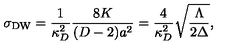
\sigma _ { \mathrm { D W } } = { \frac { 1 } { \kappa _ { D } ^ { 2 } } } { \frac { 8 K } { ( D - 2 ) a ^ { 2 } } } = { \frac { 4 } { \kappa _ { D } ^ { 2 } } } \sqrt { \frac { \Lambda } { 2 \Delta } } ,